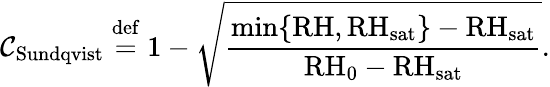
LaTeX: {\cal C}_{\mathrm{Sundqvist}}\overset{\mathrm{def}}{=}1-\sqrt{\frac{\operatorname*{min}\{ \mathrm{RH},\mathrm{RH}_{\mathrm{sat}}\} -\mathrm{RH_{sat}}}{\mathrm{RH}_{0}-\mathrm{RH_{sat}}}}.